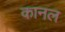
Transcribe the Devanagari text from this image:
कानल